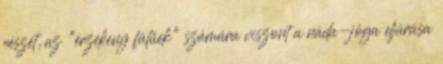
részét, az "érzékeny fülűek" számára viszont a náda-jóga eljárása